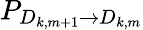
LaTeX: P_{D_{k,m+1}\rightarrow D_{k,m}}